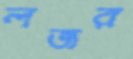
লজর